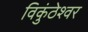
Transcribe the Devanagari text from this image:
विकुंठेश्वर